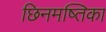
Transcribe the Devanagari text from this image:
छिनमष्तिका